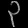
Digit: ၃